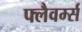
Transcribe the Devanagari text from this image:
फ्लैवर्म्स